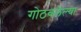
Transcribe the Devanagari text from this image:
गोठवलेल्या